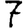
Digit: 7